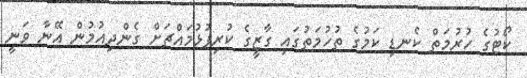
ކޯޓުގެ ހުރުމަތް ކެނޑި ކަމުގެ ތުހުމަތުގައި ގާޒީގެ ކުރިފުޅުމައްޗަށް ގެންދިއުމުން އޭނާ ވަނީ